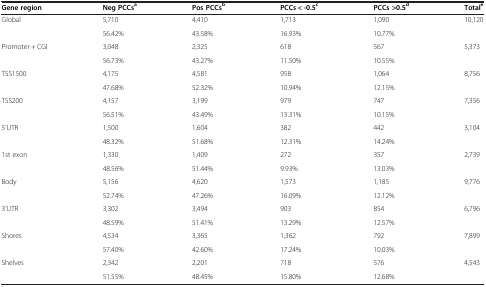
<table><thead><tr><td><b>Gene region</b></td><td><b>Neg PCCs<sup>a</sup></b></td><td><b>Pos PCCs<sup>b</sup></b></td><td><b>PCCs &lt; -0.5<sup>c</sup></b></td><td><b>PCCs &gt;0.5<sup>d</sup></b></td><td><b>Total<sup>e</sup></b></td></tr></thead><tbody><tr><td>Global</td><td>5,710</td><td>4,410</td><td>1,713</td><td>1,090</td><td>10,120</td></tr><tr><td>[EMPTY_CELL]</td><td>56.42%</td><td>43.58%</td><td>16.93%</td><td>10.77%</td><td>[EMPTY_CELL]</td></tr><tr><td>Promoter + CGI</td><td>3,048</td><td>2,325</td><td>618</td><td>567</td><td>5,373</td></tr><tr><td>[EMPTY_CELL]</td><td>56.73%</td><td>43.27%</td><td>11.50%</td><td>10.55%</td><td>[EMPTY_CELL]</td></tr><tr><td>TSS1500</td><td>4,175</td><td>4,581</td><td>958</td><td>1,064</td><td>8,756</td></tr><tr><td>[EMPTY_CELL]</td><td>47.68%</td><td>52.32%</td><td>10.94%</td><td>12.15%</td><td>[EMPTY_CELL]</td></tr><tr><td>TSS200</td><td>4,157</td><td>3,199</td><td>979</td><td>747</td><td>7,356</td></tr><tr><td>[EMPTY_CELL]</td><td>56.51%</td><td>43.49%</td><td>13.31%</td><td>10.15%</td><td>[EMPTY_CELL]</td></tr><tr><td>5’UTR</td><td>1,500</td><td>1,604</td><td>382</td><td>442</td><td>3,104</td></tr><tr><td>[EMPTY_CELL]</td><td>48.32%</td><td>51.68%</td><td>12.31%</td><td>14.24%</td><td>[EMPTY_CELL]</td></tr><tr><td>1st exon</td><td>1,330</td><td>1,409</td><td>272</td><td>357</td><td>2,739</td></tr><tr><td>[EMPTY_CELL]</td><td>48.56%</td><td>51.44%</td><td>9.93%</td><td>13.03%</td><td>[EMPTY_CELL]</td></tr><tr><td>Body</td><td>5,156</td><td>4,620</td><td>1,573</td><td>1,185</td><td>9,776</td></tr><tr><td>[EMPTY_CELL]</td><td>52.74%</td><td>47.26%</td><td>16.09%</td><td>12.12%</td><td>[EMPTY_CELL]</td></tr><tr><td>3’UTR</td><td>3,302</td><td>3,494</td><td>903</td><td>854</td><td>6,796</td></tr><tr><td>[EMPTY_CELL]</td><td>48.59%</td><td>51.41%</td><td>13.29%</td><td>12.57%</td><td>[EMPTY_CELL]</td></tr><tr><td>Shores</td><td>4,534</td><td>3,365</td><td>1,362</td><td>792</td><td>7,899</td></tr><tr><td>[EMPTY_CELL]</td><td>57.40%</td><td>42.60%</td><td>17.24%</td><td>10.03%</td><td>[EMPTY_CELL]</td></tr><tr><td>Shelves</td><td>2,342</td><td>2,201</td><td>718</td><td>576</td><td>4,543</td></tr><tr><td>[EMPTY_CELL]</td><td>51.55%</td><td>48.45%</td><td>15.80%</td><td>12.68%</td><td>[EMPTY_CELL]</td></tr></tbody></table>